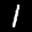
Label: 1